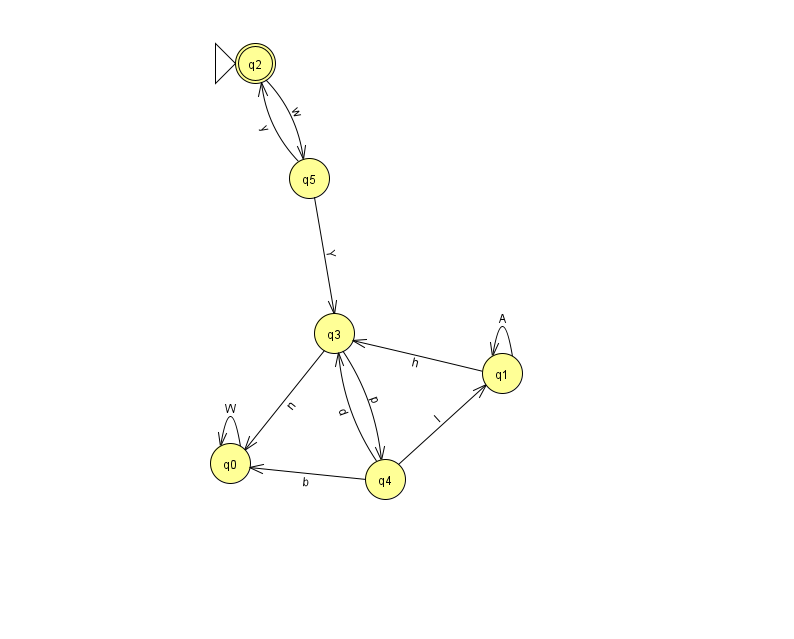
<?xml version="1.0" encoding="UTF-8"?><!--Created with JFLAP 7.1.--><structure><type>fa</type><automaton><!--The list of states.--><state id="0" name="q0"><x>230.0</x><y>450.0</y></state><state id="1" name="q1"><x>502.0</x><y>360.0</y></state><state id="2" name="q2"><x>255.0</x><y>50.0</y><initial/><final/></state><state id="3" name="q3"><x>334.0</x><y>320.0</y></state><state id="4" name="q4"><x>385.0</x><y>466.0</y></state><state id="5" name="q5"><x>309.0</x><y>165.0</y></state><!--The list of transitions.--><transition><from>1</from><to>1</to><read>A</read></transition><transition><from>3</from><to>0</to><read>n</read></transition><transition><from>2</from><to>5</to><read>w</read></transition><transition><from>4</from><to>0</to><read>b</read></transition><transition><from>5</from><to>3</to><read>Y</read></transition><transition><from>1</from><to>3</to><read>h</read></transition><transition><from>0</from><to>0</to><read>W</read></transition><transition><from>4</from><to>3</to><read>d</read></transition><transition><from>4</from><to>1</to><read>I</read></transition><transition><from>3</from><to>4</to><read>p</read></transition><transition><from>5</from><to>2</to><read>y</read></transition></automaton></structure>